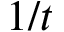
1 / t